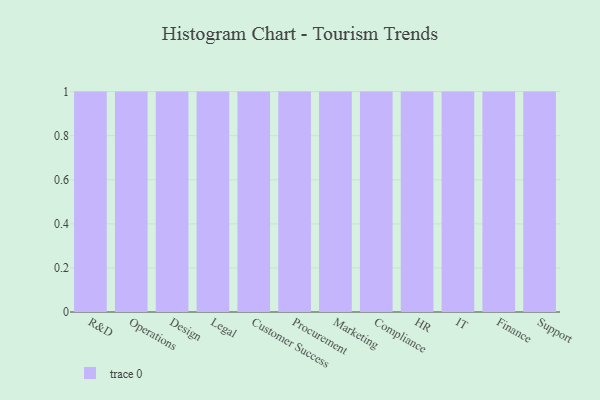
{"axis": {"x": "Department", "y": "Bounce Rate (%)"}, "legend": [""], "data": [{"x": "R&D", "y": 41, "type": ""}, {"x": "Operations", "y": 96, "type": ""}, {"x": "Design", "y": 10, "type": ""}, {"x": "Legal", "y": 92, "type": ""}, {"x": "Customer Success", "y": 98, "type": ""}, {"x": "Procurement", "y": 92, "type": ""}, {"x": "Marketing", "y": 47, "type": ""}, {"x": "Compliance", "y": 46, "type": ""}, {"x": "HR", "y": 33, "type": ""}, {"x": "IT", "y": 12, "type": ""}, {"x": "Finance", "y": 17, "type": ""}, {"x": "Support", "y": 89, "type": ""}]}